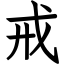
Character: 戒